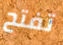
تفتح